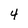
Character: 4